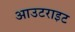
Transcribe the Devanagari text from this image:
आउटराइट